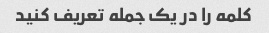
کلمه را در یک جمله تعریف کنید